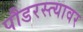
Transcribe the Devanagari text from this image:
पौडरस्त्यावर